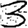
Digit: 3